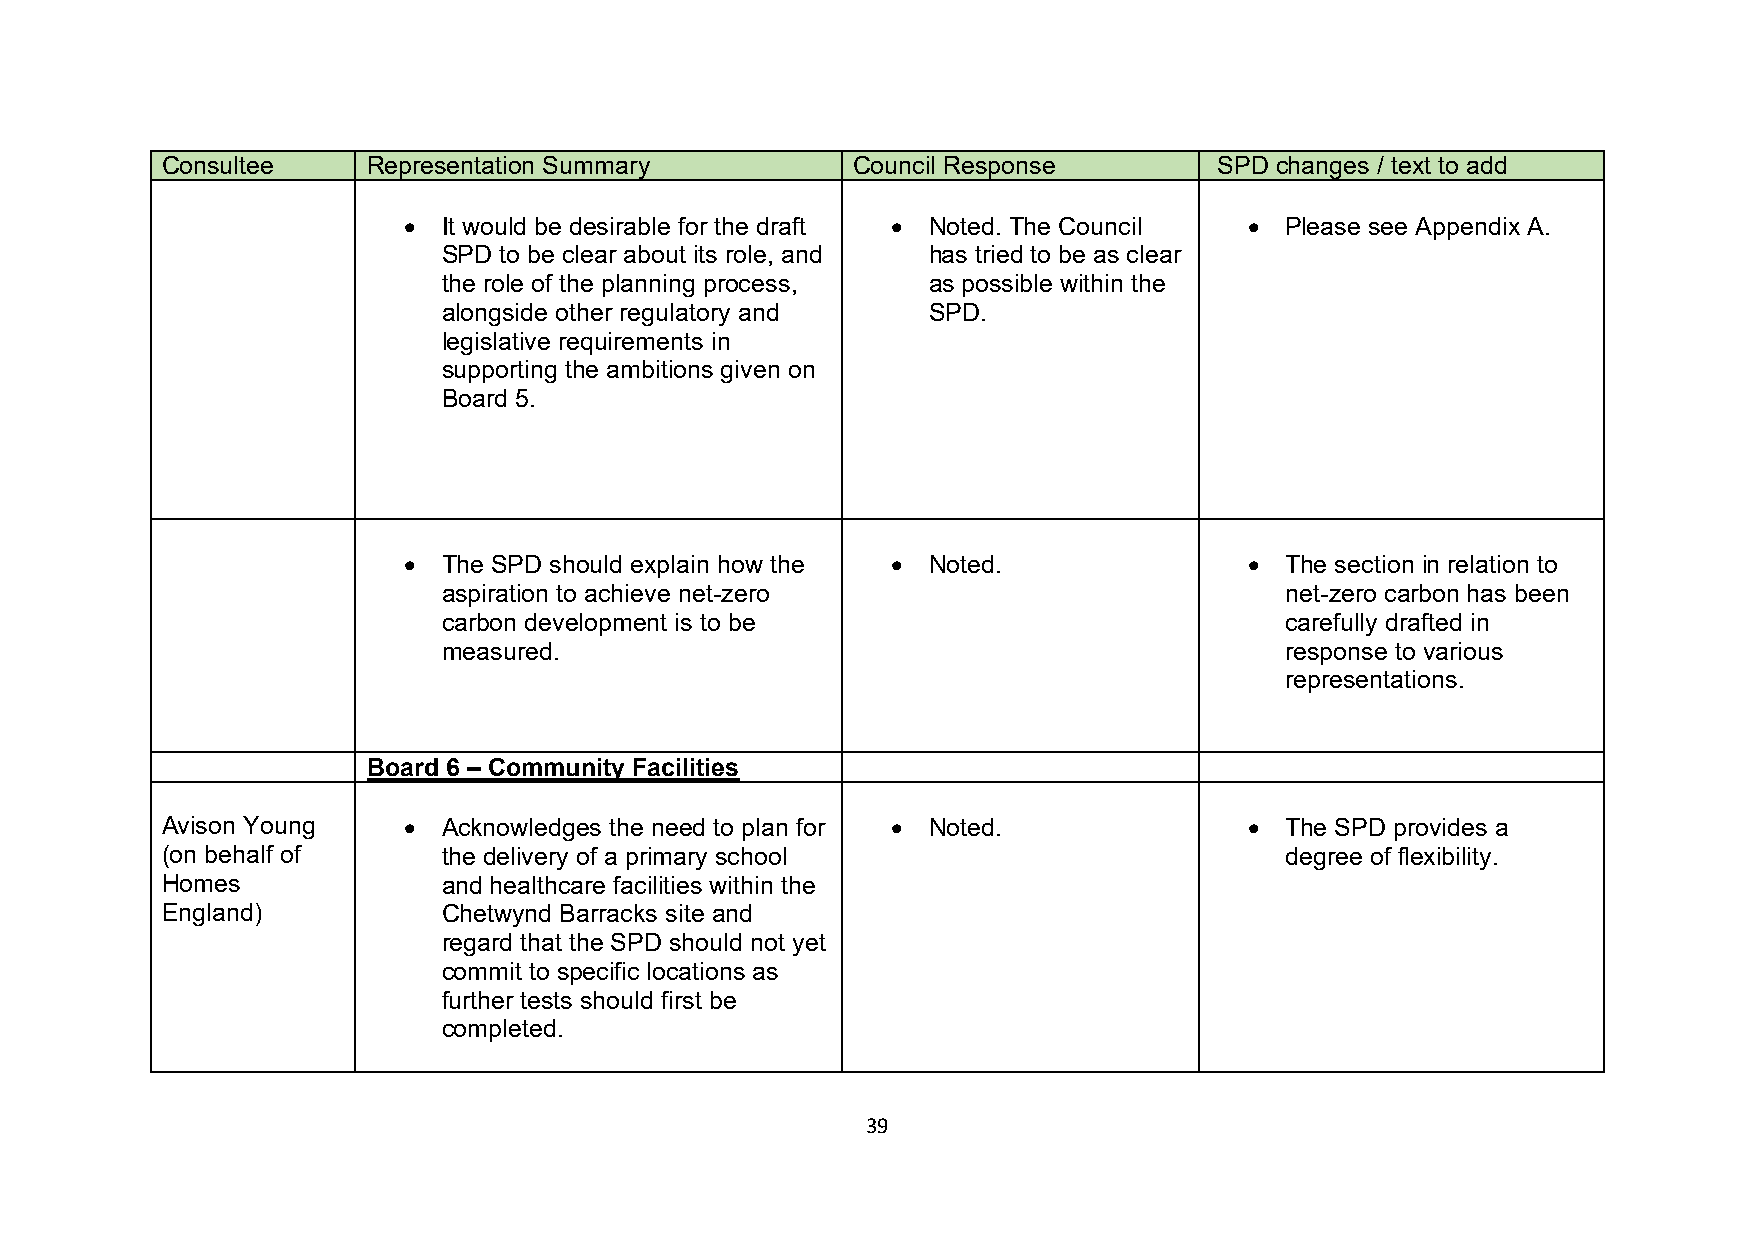
Consultee    Representation Summary          Council Response         SPD changes / text to add
 • It would be desirable for the draft • Noted. The Council • Please see Appendix A.
 SPD to be clear about its role, and has tried to be as clear
 the role of the planning process, as possible within the
 alongside other regulatory and  SPD.
 legislative requirements in
 supporting the ambitions given on
 Board 5.
 • The SPD should explain how the • Noted.               • The section in relation to
 aspiration to achieve net-zero                          net-zero carbon has been
 carbon development is to be                             carefully drafted in
 measured.                                               response to various
 representations.
 Board 6 – Community Facilities
 Avison Young    • Acknowledges the need to plan for • Noted.            • The SPD provides a
 (on behalf of     the delivery of a primary school                        degree of flexibility.
 Homes             and healthcare facilities within the
 England)          Chetwynd Barracks site and
 regard that the SPD should not yet
 commit to specific locations as
 further tests should first be
 completed.
 39